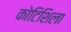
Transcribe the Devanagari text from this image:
कोटिशिला